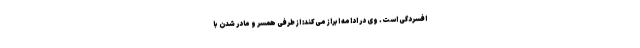
افسردگی است. وی در ادامه ابراز می‌کند: از طرفی همسر و مادر شدن با